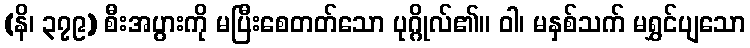
(နိ၊ ၃၇၉) စီးအပွားကို မပြီးစေတတ်သော ပုဂ္ဂိုလ်၏။ ဝါ၊ မနှစ်သက် မရွှင်ပျသော